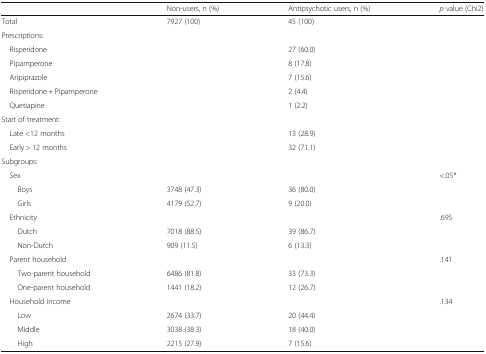
<table><thead><tr><td></td><td><b>Non-users, n (%)</b></td><td><b>Antipsychotic users, n (%)</b></td><td><b><i>p</i> value (Chi2)</b></td></tr></thead><tbody><tr><td>Total</td><td>7927 (100)</td><td>45 (100)</td><td></td></tr><tr><td colspan="4">Prescriptions:</td></tr><tr><td> Risperidone</td><td></td><td>27 (60.0)</td><td></td></tr><tr><td> Pipamperone</td><td></td><td>8 (17.8)</td><td></td></tr><tr><td> Aripiprazole</td><td></td><td>7 (15.6)</td><td></td></tr><tr><td> Risperidone + Pipamperone</td><td></td><td>2 (4.4)</td><td></td></tr><tr><td> Quetiapine</td><td></td><td>1 (2.2)</td><td></td></tr><tr><td colspan="4">Start of treatment:</td></tr><tr><td> Late &lt;12 months</td><td></td><td>13 (28.9)</td><td></td></tr><tr><td> Early &gt; 12 months</td><td></td><td>32 (71.1)</td><td></td></tr><tr><td colspan="4">Subgroups:</td></tr><tr><td> Sex</td><td></td><td></td><td>&lt;.05*</td></tr><tr><td>Boys</td><td>3748 (47.3)</td><td>36 (80.0)</td><td></td></tr><tr><td>Girls</td><td>4179 (52.7)</td><td>9 (20.0)</td><td></td></tr><tr><td> Ethnicity</td><td></td><td></td><td>.695</td></tr><tr><td>Dutch</td><td>7018 (88.5)</td><td>39 (86.7)</td><td></td></tr><tr><td>Non-Dutch</td><td>909 (11.5)</td><td>6 (13.3)</td><td></td></tr><tr><td> Parent household</td><td></td><td></td><td>.141</td></tr><tr><td>Two-parent household</td><td>6486 (81.8)</td><td>33 (73.3)</td><td></td></tr><tr><td>One-parent household</td><td>1441 (18.2)</td><td>12 (26.7)</td><td></td></tr><tr><td> Household income</td><td></td><td></td><td>.134</td></tr><tr><td>Low</td><td>2674 (33.7)</td><td>20 (44.4)</td><td></td></tr><tr><td>Middle</td><td>3038 (38.3)</td><td>18 (40.0)</td><td></td></tr><tr><td>High</td><td>2215 (27.9)</td><td>7 (15.6)</td><td></td></tr></tbody></table>